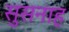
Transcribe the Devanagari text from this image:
सुसनाह